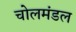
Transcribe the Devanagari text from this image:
चोलमंडल